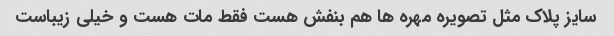
سایز پلاک مثل تصویره مهره ها هم بنفش هست فقط مات هست و خیلی زیباست